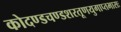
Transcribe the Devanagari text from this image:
कोदण्डचण्डशरतूणयुगाप्तभासः